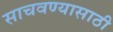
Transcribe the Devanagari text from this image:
साचवण्यासाठी